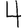
Digit: 4